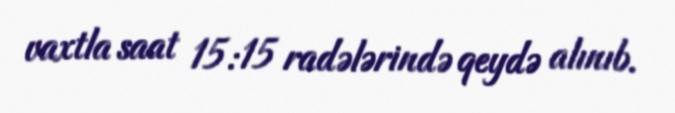
vaxtla saat 15:15 radələrində qeydə alınıb.